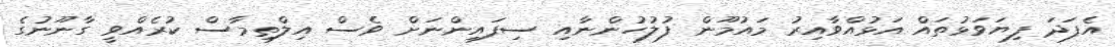
އެފަދަ ފިޔަވަޅުތައް އަޅުއްވާއިރު މައުމޫން ފުލުހުންނާއި ސިފައިންނަށް ވެސް އިލްތިމާސް ކުރެއްވީ ގާނޫނުގެ